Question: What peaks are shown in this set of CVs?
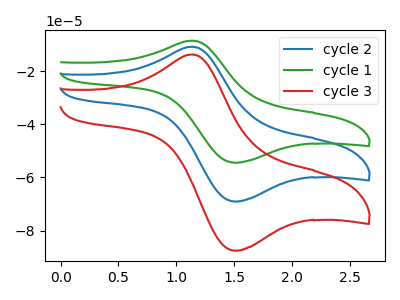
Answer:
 <answer>The blue curve "cycle 2" has an anodic peak at (1.15V, -10.80uA) and a cathodic peak at (1.55V, -69.00uA). The green curve "cycle 1" has an anodic peak at (1.15V, -21.60uA) and a cathodic peak at (1.55V, -138.05uA). The red curve "cycle 3" has an anodic peak at (1.15V, -13.70uA) and a cathodic peak at (1.55V, -87.50uA).</answer>
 <eval></eval>